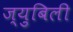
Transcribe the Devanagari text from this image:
ज्य़ुबिली